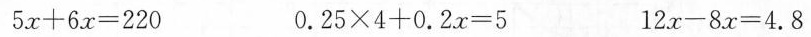
$$5 x + 6 x = 2 2 0$$ $$0 . 2 5 \times 4 + 0 . 2 x = 5$$